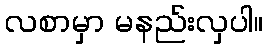
လစာမှာ မနည်းလှပါ။